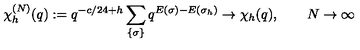
\chi _ { h } ^ { ( N ) } ( q ) : = q ^ { - c / 2 4 + h } \sum _ { \{ \sigma \} } q ^ { E ( \sigma ) - E ( \sigma _ { h } ) } \to \chi _ { h } ( q ) , \qquad N \to \infty